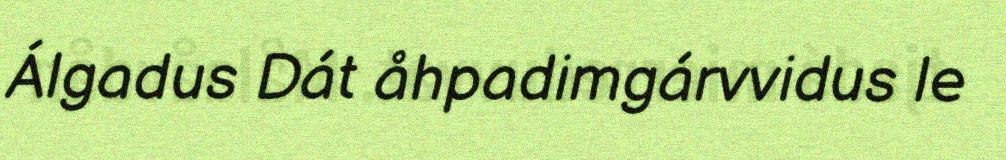
Álgadus Dát åhpadimgárvvidus le